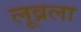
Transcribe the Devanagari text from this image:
लूव्रला